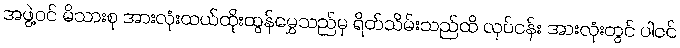
အဖွဲ့ဝင် မိသားစု အားလုံးထယ်ထိုးထွန်မွှေသည်မှ ရိတ်သိမ်းသည်ထိ လုပ်ငန်း အားလုံးတွင် ပါဝင်